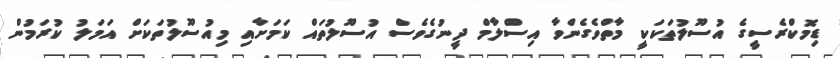
ޑިމޮކްރެސީގެ އުސޫލުތަކަކީ މާތްވެގެންވާ އިސްލާމް ދީނުގެވެސް އުސޫލުތައް ކަމަށާއި މިއުސޫލުތަކަށް އަމަލު ކުރަމުން